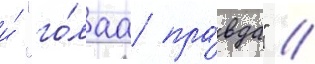
и́ "го́лаа пра́вда" //